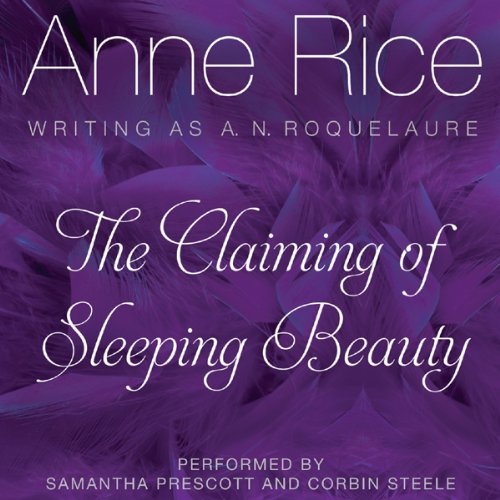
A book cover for The Claiming of Sleeping Beauty: Sleeping Beauty Trilogy, Book 1; Anne Rice; Romance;